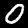
Digit: 0